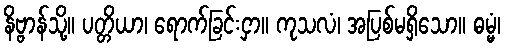
နိဗ္ဗာန်သို့။ ပတ္တိယာ၊ ရောက်ခြင်းငှာ။ ကုသလံ၊ အပြစ်မရှိသော။ ဓမ္မံ၊